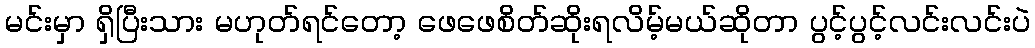
မင်းမှာ ရှိပြီးသား မဟုတ်ရင်တော့ ဖေဖေစိတ်ဆိုးရလိမ့်မယ်ဆိုတာ ပွင့်ပွင့်လင်းလင်းပဲ